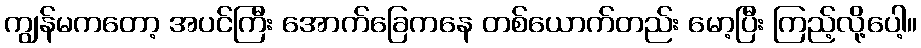
ကျွန်မကတော့ အပင်ကြီး အောက်ခြေကနေ တစ်ယောက်တည်း မော့ပြီး ကြည့်လို့ပေါ့။